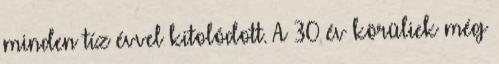
minden tíz évvel kitolódott. A 30 év körüliek még